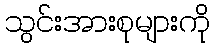
သွင်းအားစုများကို